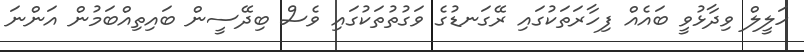
ހަލީލް ވިދާޅުވީ ބައެއް ފިހާރަތަކުގައި ރޭގަނޑުގެ ވަގުތުތަކުގައި ވެސް ބިދޭސީން ބައިތިއްބަމުން އަންނަ